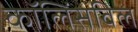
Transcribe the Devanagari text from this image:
कॉलिंसविल